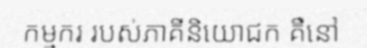
កម្មករ របស់ភាគីនិយោជក គឺនៅ